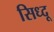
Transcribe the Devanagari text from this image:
सिध्दू